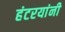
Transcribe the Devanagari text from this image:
हंटरयांनी